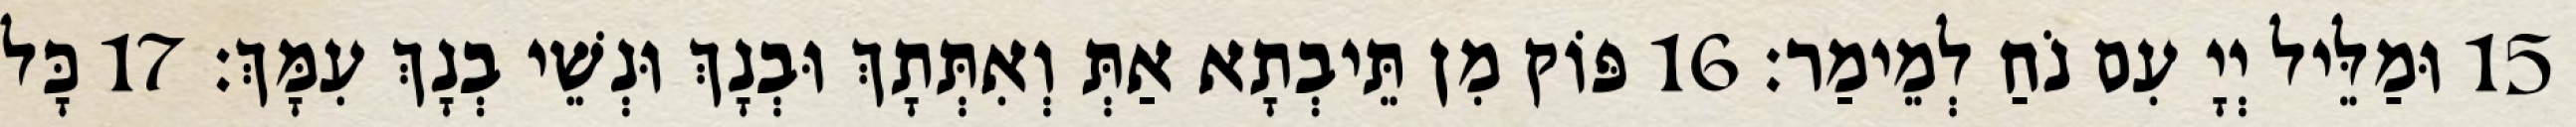
15 וּמַלֵּיל יְיָ עִם נֹחַ לְמֵימַר׃ 16 פּוֹק מִן תֵּיבְתָא אַתְּ וְאִתְּתָךְ וּבְנָךְ וּנְשֵׁי בְנָךְ עִמָּךְ׃ 17 כָּל